King Institute of Preventive Medicine Micro-Biological Section reports 1912-19
Year: 1912
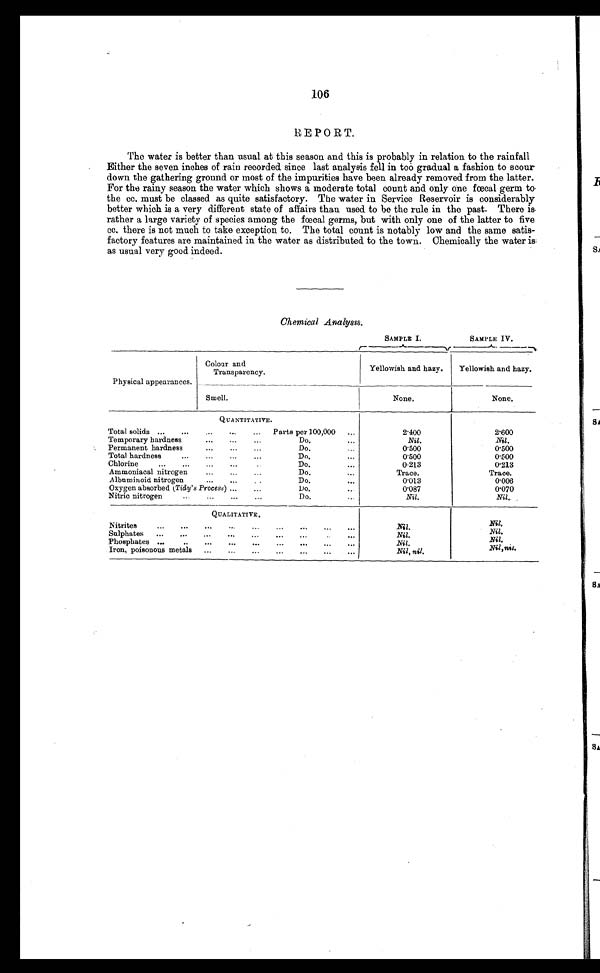
106
REPORT.
The water is better than usual at this season and this is probably in relation to the rainfall
Either the seven inches of rain recorded since last analysis fell in too gradual a fashion to scour
down the gathering ground or most of the impurities have been already removed from the latter.
For the rainy season the water which shows a moderate total count and only one fœcal germ to
the cc. must be classed as quite satisfactory. The water in Service Reservoir is considerably
better which is a very different state of affairs than used to be the rule in the past. There is
rather a large variety of species among the fœcal germs, but with only one of the latter to five
cc. there is not much to take exception to. The total count is notably low and the same satis-
factory features are maintained in the water as distributed to the town. Chemically the water is
as usual very good indeed.
Chemical Analysis.
SAMPLE I.
SAMPLE IV.
Physical appearances.
Colour an
d Transparency.
Yellowish and hazy.
Yellowish and hazy.
Smell.
None.
None.
QUANTITATIVE.
Total solids ...
...
...
...
...
Parts per 100,000
. . .
2.400
2.600
Temporary hardness
...
...
...
Do.
. . .
Nil.
Nil.
Permanent hardness
...
...
...
Do.
. . .
0.500
0.500
Total hardness
...
...
...
...
Do.
. . .
0.500
0.500
Chlorine
...
...
...
...
Do.
. . .
0.213
0.213
Ammoniacal nitrogen
...
...
...
Do.
. . .
Trace.
Trace.
Albuminoid nitrogen
...
...
..
Do.
. . .
0.013
0.006
Oxygen absorbed (Tidy' s Process ) ....
...
Do.
0.087
0.070
Nitric nitrogen
... ... ... ...
Do.
. . .
Nil.
Nil.
QUALITATIVE.
Nitrites
...
...
...
...
...
...
...
...
...
Nil.
Nil.
Sulphates
...
...
...
...
...
...
...
...
Nil.
Nil.
Phosphates ...
..
...
...
...
...
....
...
Nil.
Nil.
Iron, poisonous metals
...
...
...
...
...
...
...
Nil, nil.
Nil, nil .